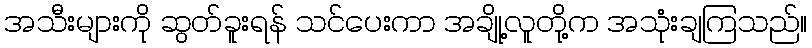
အသီးများကို ဆွတ်ခူးရန် သင်ပေးကာ အချို့လူတို့က အသုံးချကြသည်။